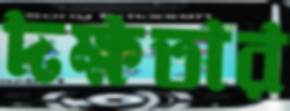
দক্ষতার